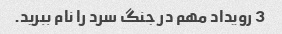
3 رویداد مهم در جنگ سرد را نام ببرید.